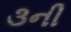
૩ની